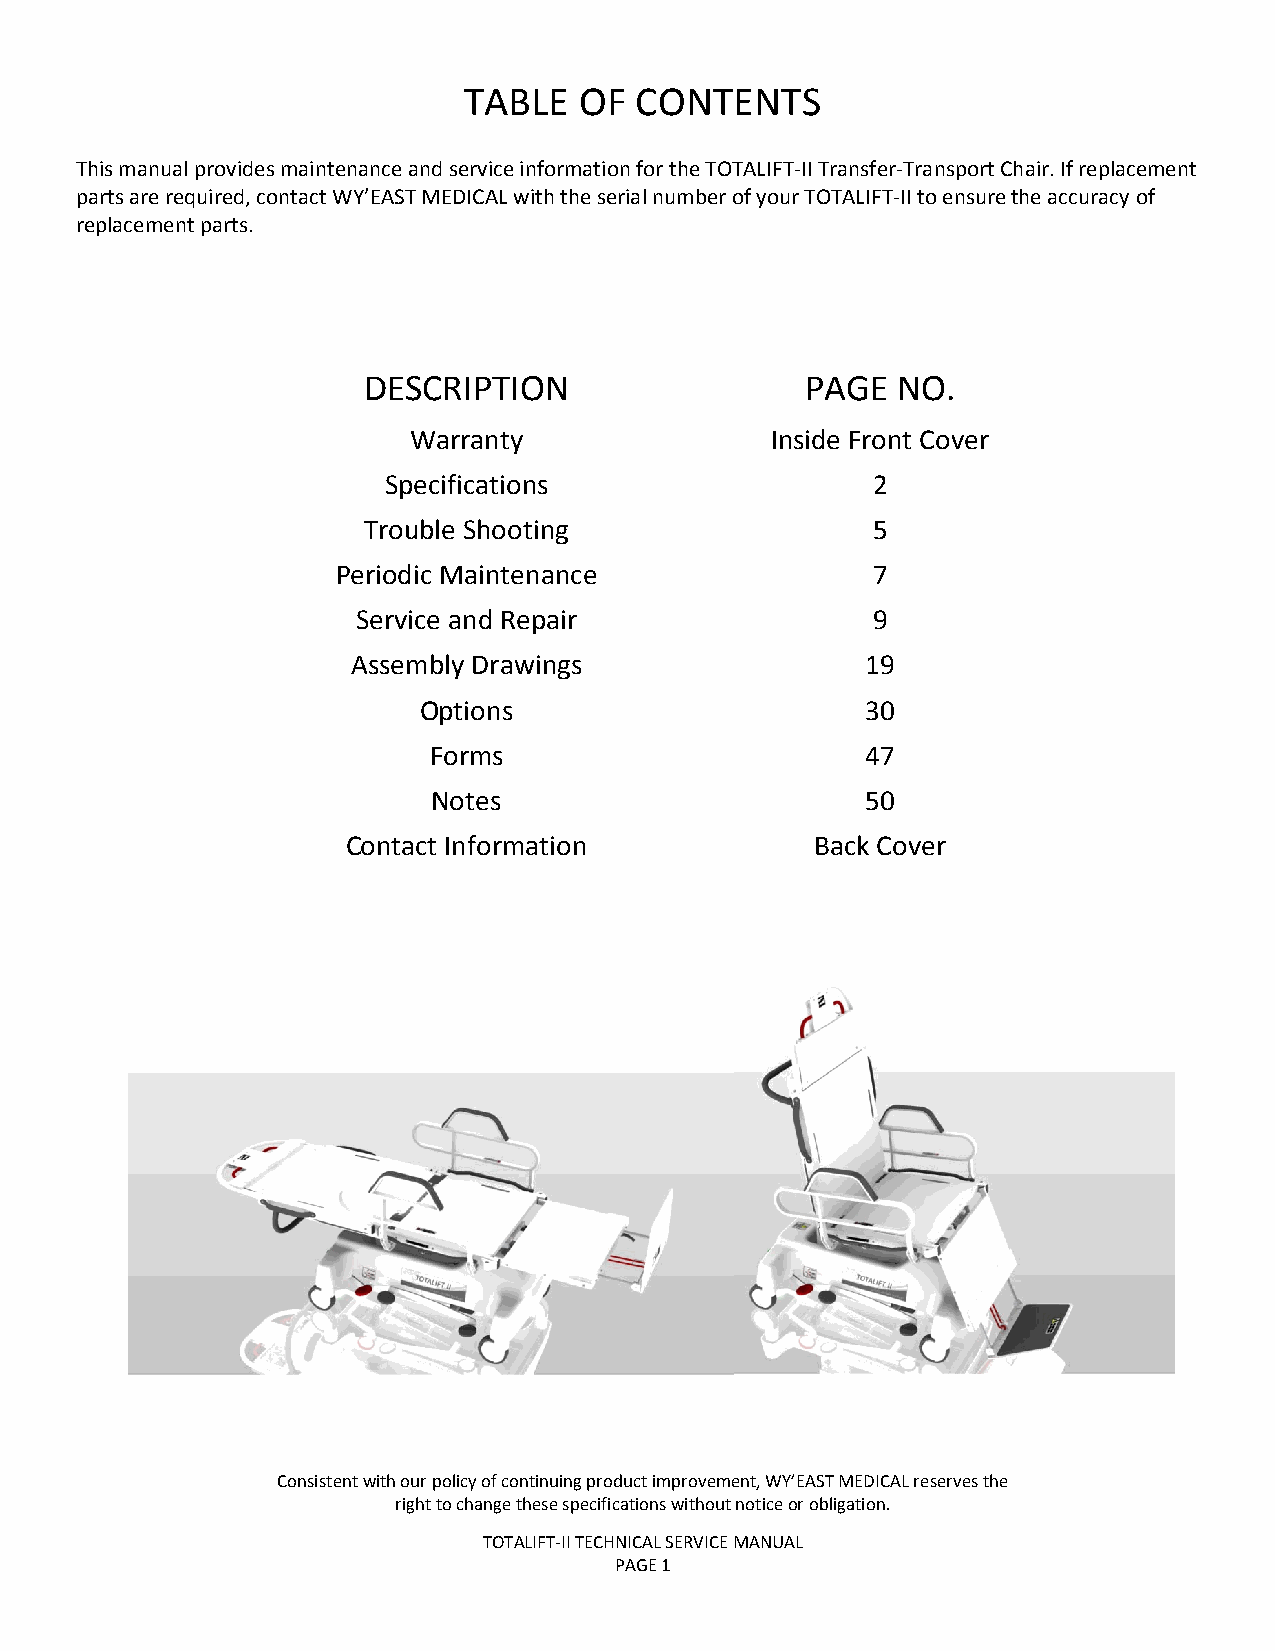
TABLE  OF  CONTENTS
 This manual provides maintenance and service information for the TOTALIFT-II Transfer-Transport Chair. If replacement
 parts are required, contact WY’EAST MEDICAL with the serial number of your TOTALIFT-II to ensure the accuracy of
 replacement parts.
 DESCRIPTION                  PAGE  NO.
 Warranty                Inside Front Cover
 Specifications                   2
 Trouble Shooting                  5
 Periodic Maintenance                7
 Service and Repair                9
 Assembly Drawings                 19
 Options                      30
 Forms                        47
 Notes                       50
 Contact Information            Back Cover
 Consistent with our policy of continuing product improvement, WY’EAST MEDICAL reserves the
 right to change these specifications without notice or obligation.
 TOTALIFT-II TECHNICAL SERVICE MANUAL
 PAGE 1